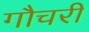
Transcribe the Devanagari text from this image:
गौचरी